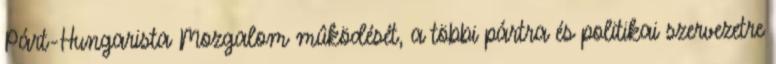
Párt-Hungarista Mozgalom mûködését, a többi pártra és politikai szervezetre